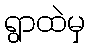
ရွာထဲမှ